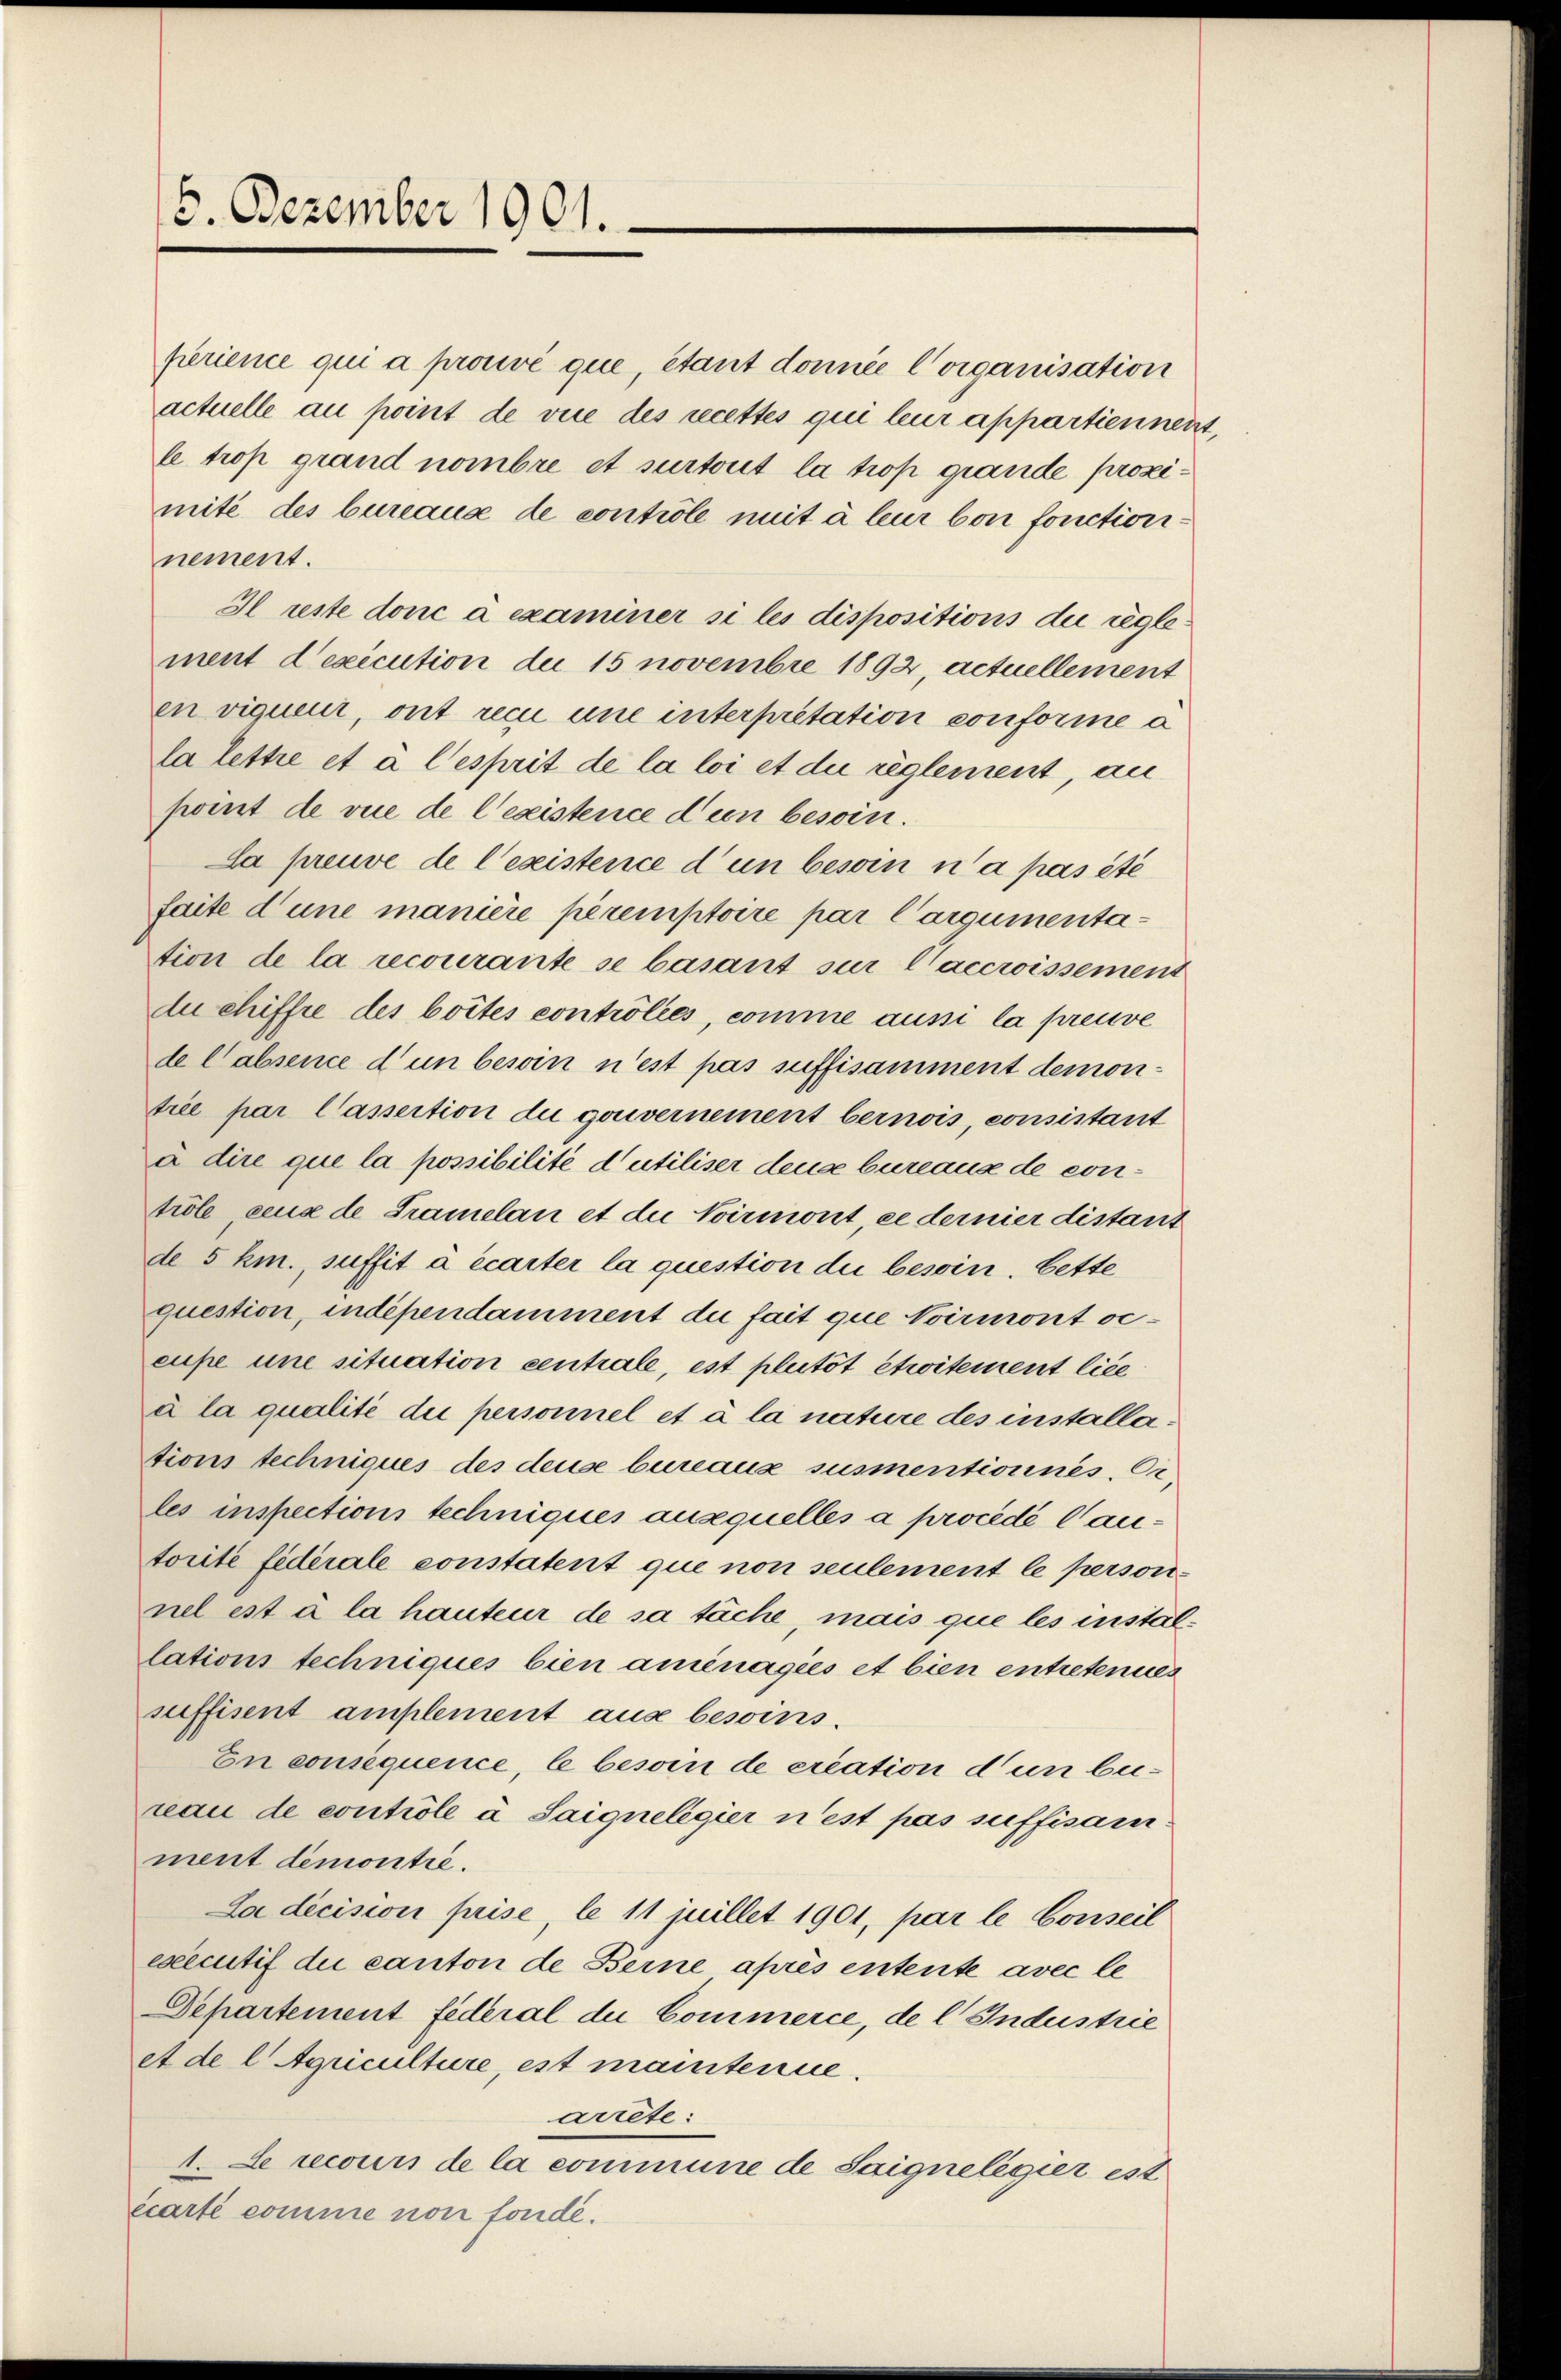
perience qui a prouvé que, étant donnée Corganisation
actuelle au point de vice des recettes qui leur appartiennent,
l trop grand nombre et surtout la trop grande prozimité des bureaus de contrôle mit à leur von fonctioninement.
Il reste donc a examiner si les dispositions der reglement d’exécution de 15 novembre 1892, actuellement
en vigueur, ont reci une interpretation conforme a
la lettre et à l’esprit de la loi et die reglement, an
pomt de vue de lexistence d’un besoin.
La preuve de l’existence d’un besoin n’a pas été
faite d’une manière peremptoire par Cargumentation de la recourante se basant sur l’accroissement
du chiffre des bottes contrölees, comme aussi la preuve
de Cabsence d’un besoin n’est pas suffisamment demontrée par Cassertion du gouvernement bernois consistant
à dire que la possibilité d’utiliser dense bureaux de contröle ceux de Kramelan et die Voirmont, ce dernier distant
de 5 km., suffit à écarter la question die besoin, bette
question, indépendamment die fait que Noirmont oceupe une situation centrale, est plutöt etwitement lice
à la qualité die personnel et à la nature des installations techniques des deuse bureaux susmentionnés. Or
les inspections techniques ausquelles a procédé Cantorite fidérale constatent que non seulement le personnel est à la hauteur de sa täche, mais que les installations techniques bien aminagiés et bien entretenues
suffisent amplement aus besoins.
En consequence, le besoin de creation d’un bereau de controle à Saigneligier n’est pas suffisam
ment demontre.
La decision prise, le 11 juillet 1901, par le Conseil
executif die canton de Berne après entente avec le
Departement fideral du Commerce, de l. Industrie
et de l Aquiculture, est mantenue.
arrête:
1. Le recours de la commune de Saigneligier est
écarté comme non fonde.

5. Dezember 1901.